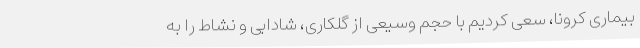
بیماری کرونا، سعی کردیم با حجم وسیعی از گلکاری، شادابی و نشاط را به